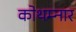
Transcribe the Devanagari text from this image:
कोथम्नार